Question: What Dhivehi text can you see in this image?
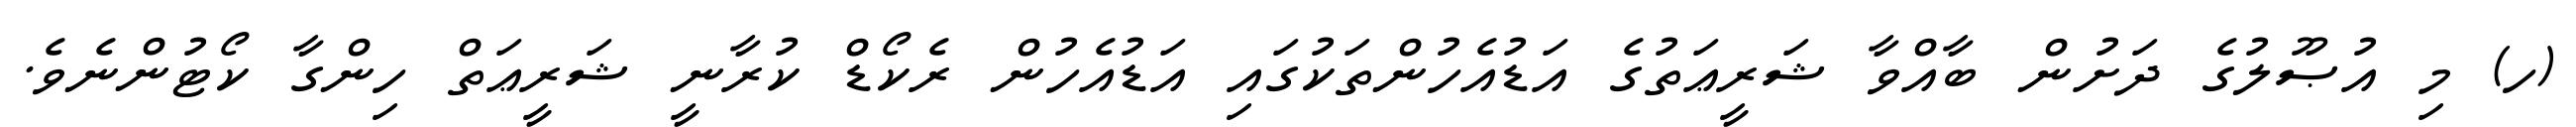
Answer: (ހ) މި އުޞޫލުގެ ދަށުން ބާއްވާ ޝަރީޢަތުގެ އަޑުއެހުންތަކުގައި އަޑުއެހުން ރެކޯޑް ކުރާނީ ޝަރީޢަތް ހިންގާ ކޯޓުންނެވެ.